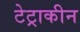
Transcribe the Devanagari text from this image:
टेट्राकीन